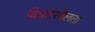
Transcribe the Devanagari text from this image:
विचारंशीलता